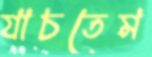
যাচতেম